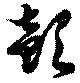
欹